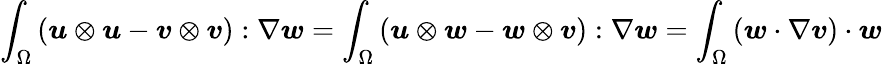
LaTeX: \int_{\Omega}\left(\boldsymbol{u}\otimes\boldsymbol{u}-\boldsymbol{v}\otimes\boldsymbol{v}\right):\nabla\boldsymbol{w}=\int_{\Omega}\left(\boldsymbol{u}\otimes\boldsymbol{w}-\boldsymbol{w}\otimes\boldsymbol{v}\right):\nabla\boldsymbol{w}=\int_{\Omega}\left(\boldsymbol{w}\cdot\nabla\boldsymbol{v}\right)\cdot\boldsymbol{w}